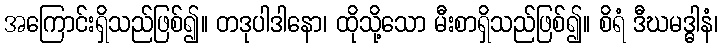
အကြောင်းရှိသည်ဖြစ်၍။ တဒုပါဒါနော၊ ထိုသို့သော မီးစာရှိသည်ဖြစ်၍။ စိရံ ဒီဃမဒ္ဓါနံ၊